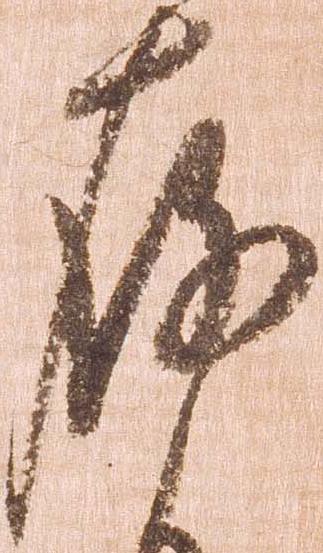
存